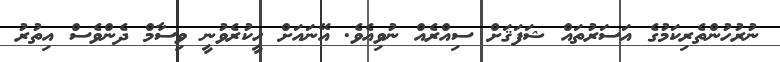
ނުރުހުންތެރިކަމުގެ އަސަރުތައް ޝަފަޤަށް ސިއްރެއް ނުވިއެވެ. އޭނައަށް ހީކުރެވުނީ ވިސާމް ދެންވެސް އިތުރު